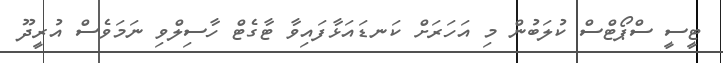
ޓީސީ ސްޕޯޓްސް ކުލަބުން މި އަހަރަށް ކަނޑައަޅާފައިވާ ޓާގެޓް ހާސިލްވި ނަމަވެސް އުރީދޫ